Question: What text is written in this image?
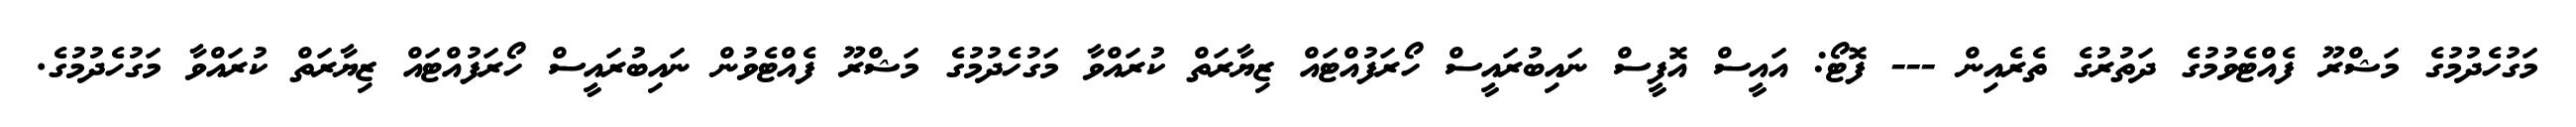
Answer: މަގުހެދުމުގެ މަޝްރޫ ފެއްޓެވުމުގެ ދަތުރުގެ ތެރެއިން --- ފޮޓޯ: އައީސް އޮފީސް ނައިބުރައީސް ހޯރަފުއްޓައް ޒިޔާރަތް ކުރައްވާ މަގުހެދުމުގެ މަޝްރޫ ފެއްޓެވުން ނައިބުރައީސް ހޯރަފުއްޓައް ޒިޔާރަތް ކުރައްވާ މަގުހެދުމުގެ.